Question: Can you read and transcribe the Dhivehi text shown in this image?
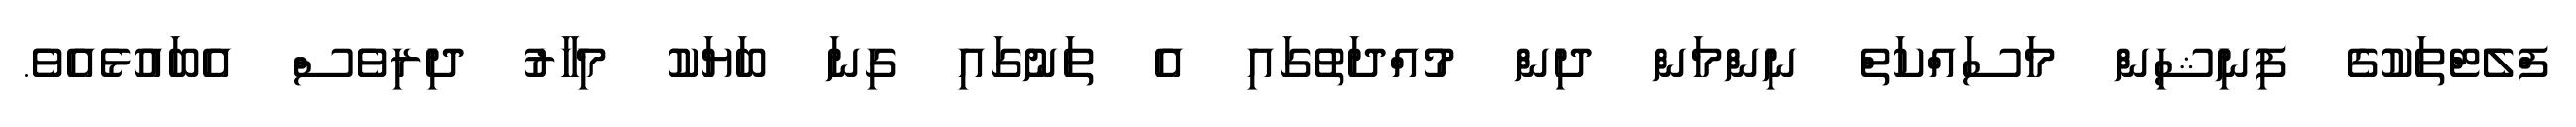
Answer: ފްލެޓްތަކުގެ ފިނިޝިން މަސައްކަތް ނިންމަން ދިން މުއްދަތުގައި އެ ތަނުގައި ގިނަ ބަޔަކު މިހާރު ދިރިވެސް އެބައުޅެއެވެ.